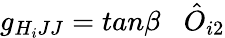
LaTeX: g_{H_{i}JJ}=tan\beta\; \; \; {\hat{O}}_{i2}